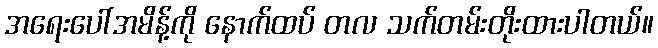
အရေးပေါ်အမိန့်ကို နောက်ထပ် တလ သက်တမ်းတိုးထားပါတယ်။